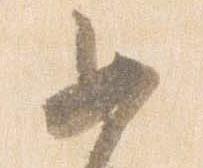
女